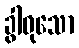
ခွါဝုသော